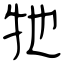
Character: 牠